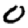
Digit: 0